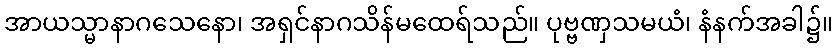
အာယသ္မာနာဂသေနော၊ အရှင်နာဂသိန်မထေရ်သည်။ ပုဗ္ဗဏှသမယံ၊ နံနက်အခါ၌။